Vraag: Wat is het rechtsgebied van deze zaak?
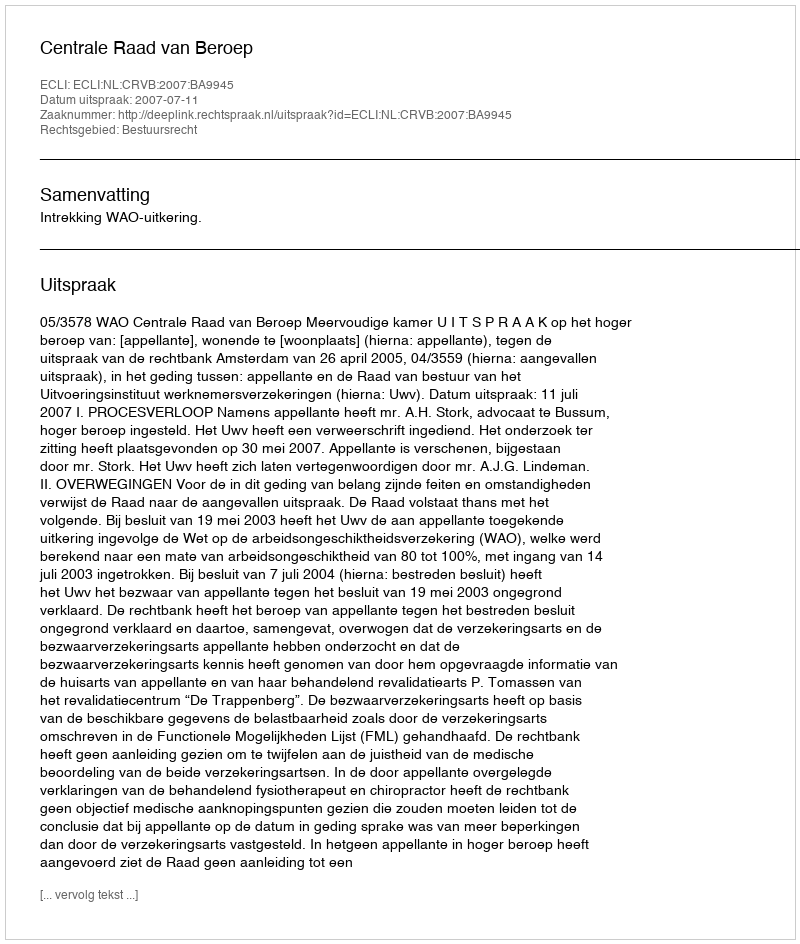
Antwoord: Bestuursrecht